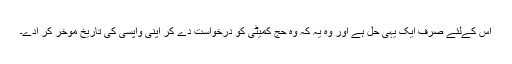
اُس کےلئے صرف ایک یہی حل ہے اور وہ یہ کہ وہ حج کمیٹی کو درخواست دے کر اپنی واپسی کی تاریخ مؤخر کر ادے۔